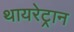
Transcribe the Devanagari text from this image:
थायरेट्रान